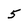
Character: 5